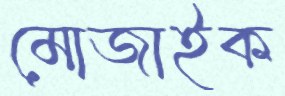
মোজাইক